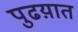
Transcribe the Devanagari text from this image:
पुढय़ात